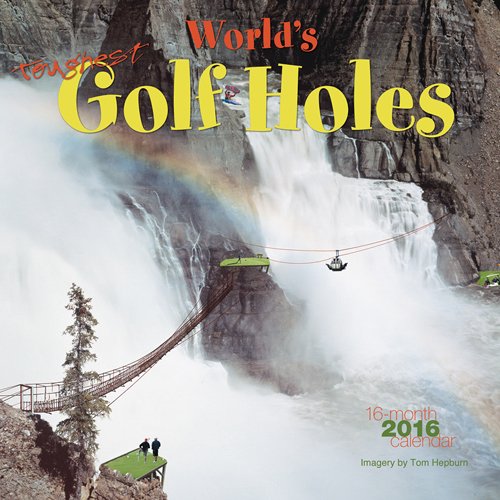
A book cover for World's Toughest Golf Holes 2016 Mini 7x7 Wyman; Browntrout Publishers; Calendars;